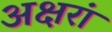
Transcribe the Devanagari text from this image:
अक्षरां